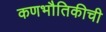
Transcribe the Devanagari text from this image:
कणभौतिकीची